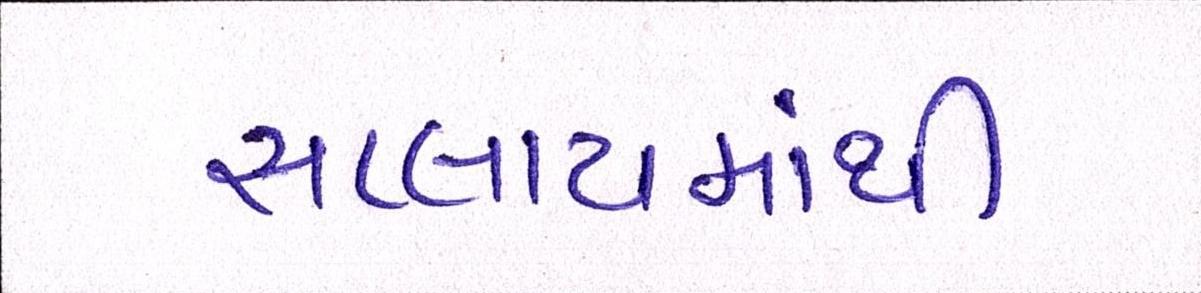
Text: સપ્લાયમાંથી